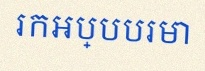
រកអប្បបរមា